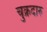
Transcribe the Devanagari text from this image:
चुक्रदारु